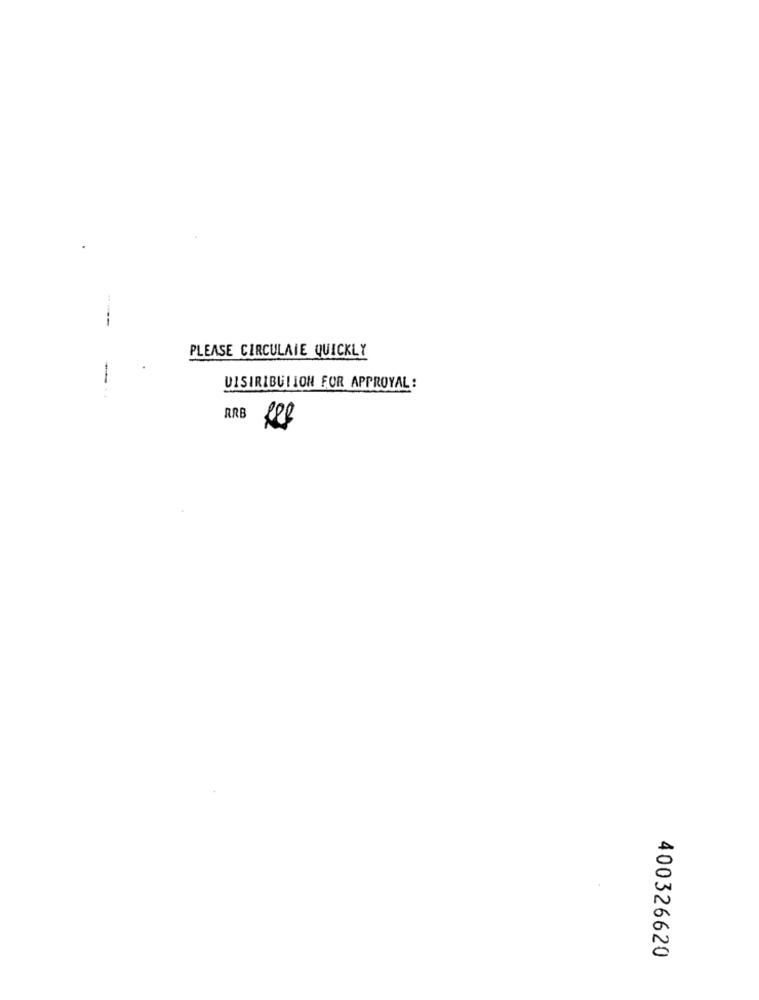
---
PLEASE CIRCULAIE QUICKLY
UISIRIBULION FOR APPROYAL:
RRB
400326620